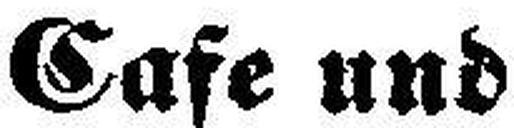
Cafe und